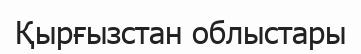
Қырғызстан облыстары